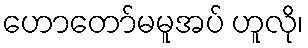
ဟောတော်မမူအပ် ဟူလို၊